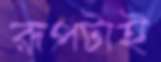
রূপটাই